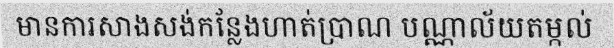
មានការសាងសង់កន្លែងហាត់ប្រាណ បណ្ណាល័យតម្កល់